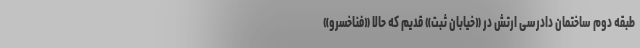
طبقه دوم ساختمان دادرسی ارتش در «خیابان ثبت» قدیم که حالا «فناخسرو»